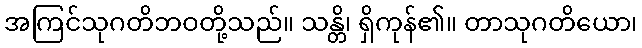
အကြင်သုဂတိဘဝတို့သည်။ သန္တိ၊ ရှိကုန်၏။ တာသုဂတိယော၊